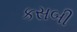
કસબી